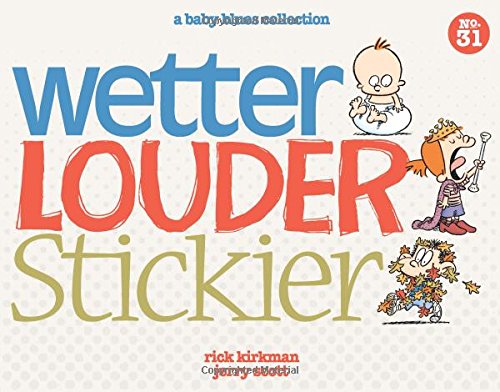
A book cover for Wetter, Louder, Stickier: A Baby Blues Collection (Baby Blues Scrapbook); Rick Kirkman; Comics & Graphic Novels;